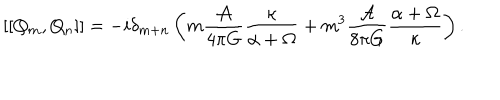
\left[ \left[ Q _ { m } , Q _ { n } \right] \right] = - i \delta _ { m + n } \left( m \frac { { \cal A } } { 4 \pi G } \frac { \kappa } { \alpha + \Omega } + m ^ { 3 } \frac { { \cal A } } { 8 \pi G } \frac { \alpha + \Omega } { \kappa } \right) .